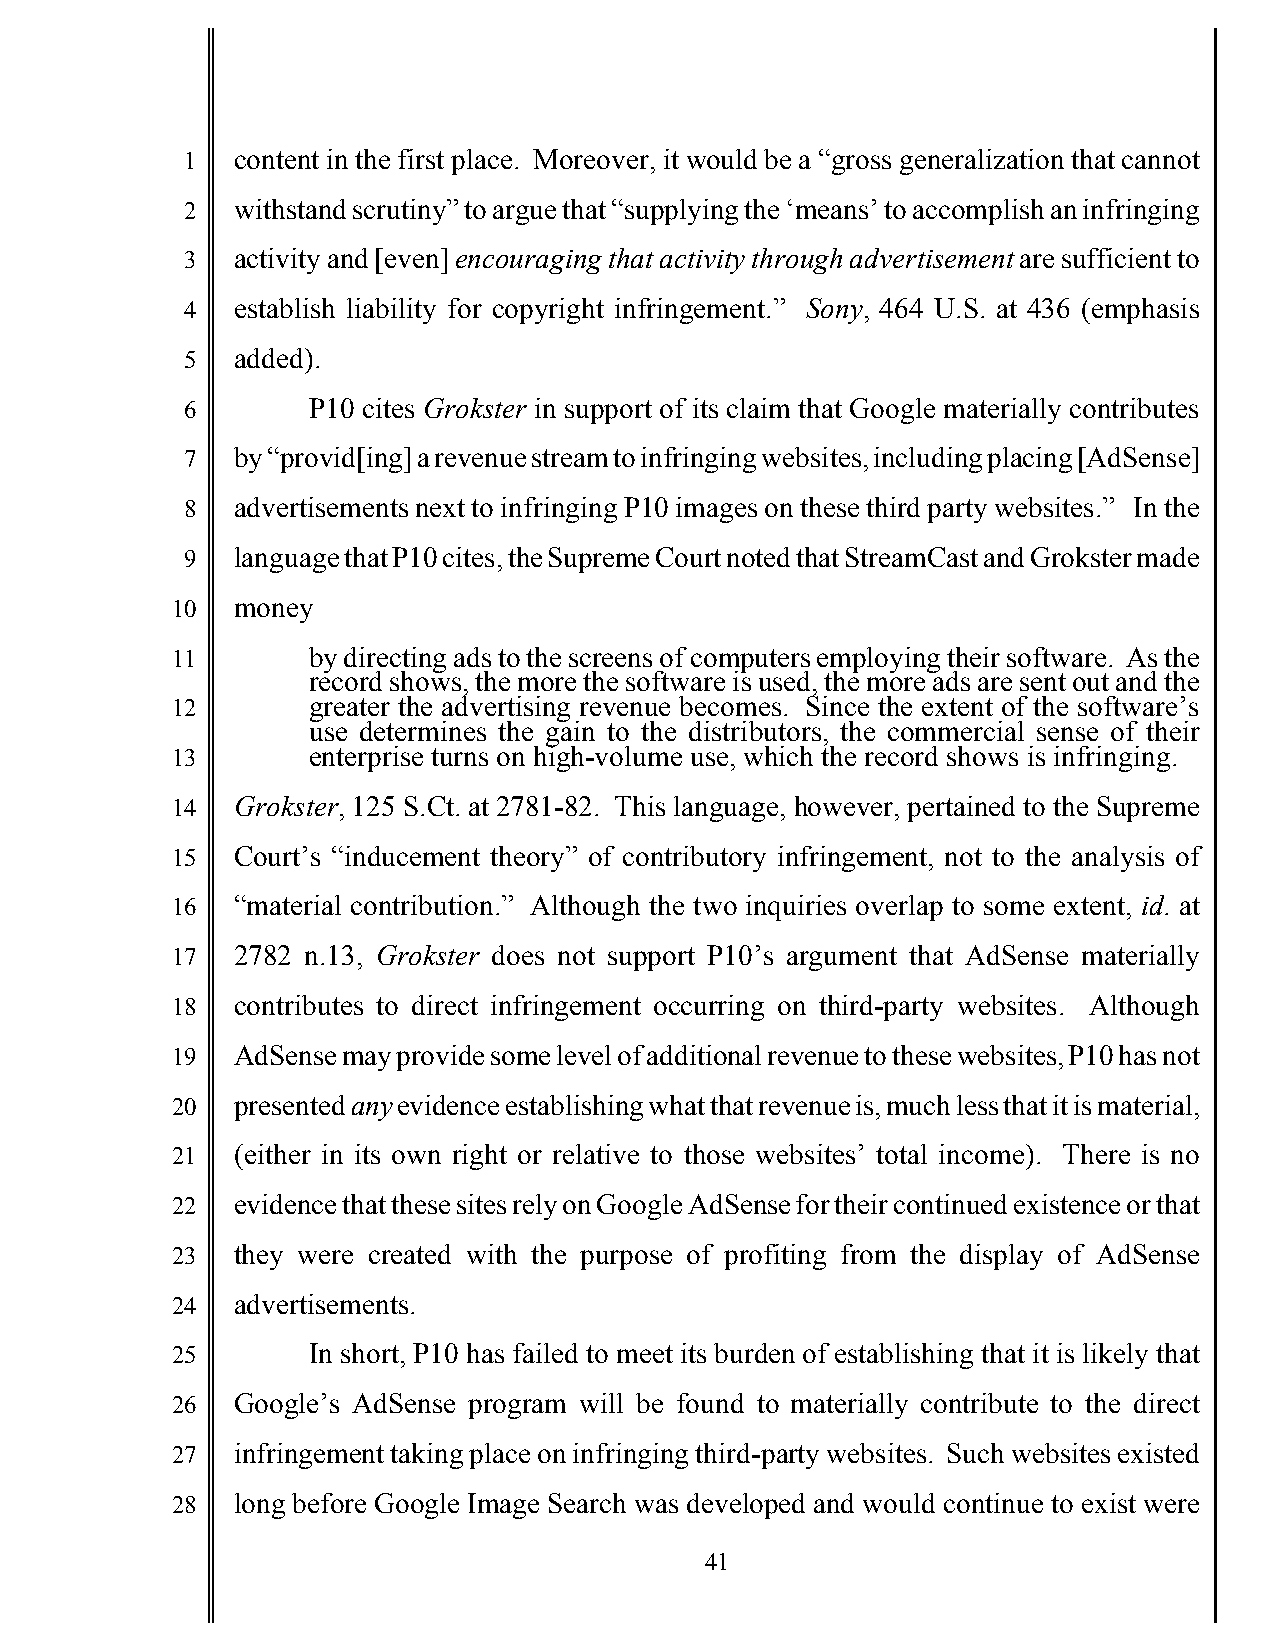
1   content in the first place. Moreover, it would be a “gross generalization that cannot
 2   withstand scrutiny” to argue that “supplying the ‘means’ to accomplish an infringing
 3   activity and [even] encouraging that activity through advertisement are sufficient to
 4   establish liability for copyright infringement.” Sony, 464 U.S. at 436 (emphasis
 5   added).
 6       P10 cites Grokster in support of its claim that Google materially contributes
 7   by “provid[ing] a revenue stream to infringing websites, including placing [AdSense]
 8   advertisements next to infringing P10 images on these third party websites.” In the
 9   language that P10 cites, the Supreme Court noted that StreamCast and Grokster made
 10   money
 11       by directing ads to the screens of computers employing their software. As the
 record shows, the more the software is used, the more ads are sent out and the
 12       greater the advertising revenue becomes. Since the extent of the software’s
 use determines the gain to the distributors, the commercial sense of their
 13       enterprise turns on high-volume use, which the record shows is infringing.
 14   Grokster, 125 S.Ct. at 2781-82. This language, however, pertained to the Supreme
 15   Court’s “inducement theory” of contributory infringement, not to the analysis of
 16   “material contribution.” Although the two inquiries overlap to some extent, id. at
 17   2782 n.13, Grokster does not support P10’s argument that AdSense materially
 18   contributes to direct infringement occurring on third-party websites. Although
 19   AdSense may provide some level of additional revenue to these websites, P10 has not
 20   presented any evidence establishing what that revenue is, much less that it is material,
 21   (either in its own right or relative to those websites’ total income). There is no
 22   evidence that these sites rely on Google AdSense for their continued existence or that
 23   they were created with the purpose of profiting from the display of AdSense
 24   advertisements.
 25       In short, P10 has failed to meet its burden of establishing that it is likely that
 26   Google’s AdSense program will be found to materially contribute to the direct
 27   infringement taking place on infringing third-party websites. Such websites existed
 28   long before Google Image Search was developed and would continue to exist were
 41